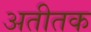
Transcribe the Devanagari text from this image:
अतीतक